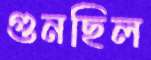
গুনছিল